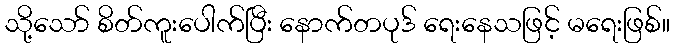
သို့သော် စိတ်ကူးပေါက်ပြီး နောက်တပုဒ် ရေးနေသဖြင့် မရေးဖြစ်။